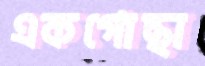
একগোছা